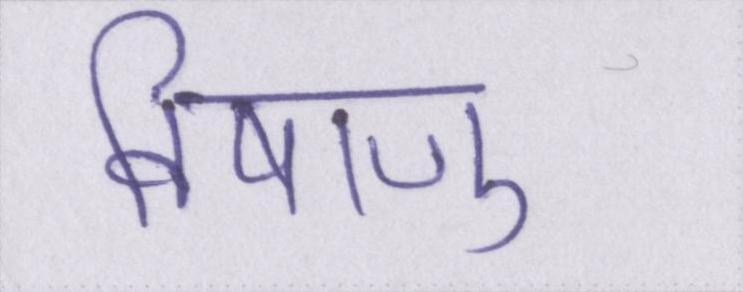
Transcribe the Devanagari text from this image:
विषाणु